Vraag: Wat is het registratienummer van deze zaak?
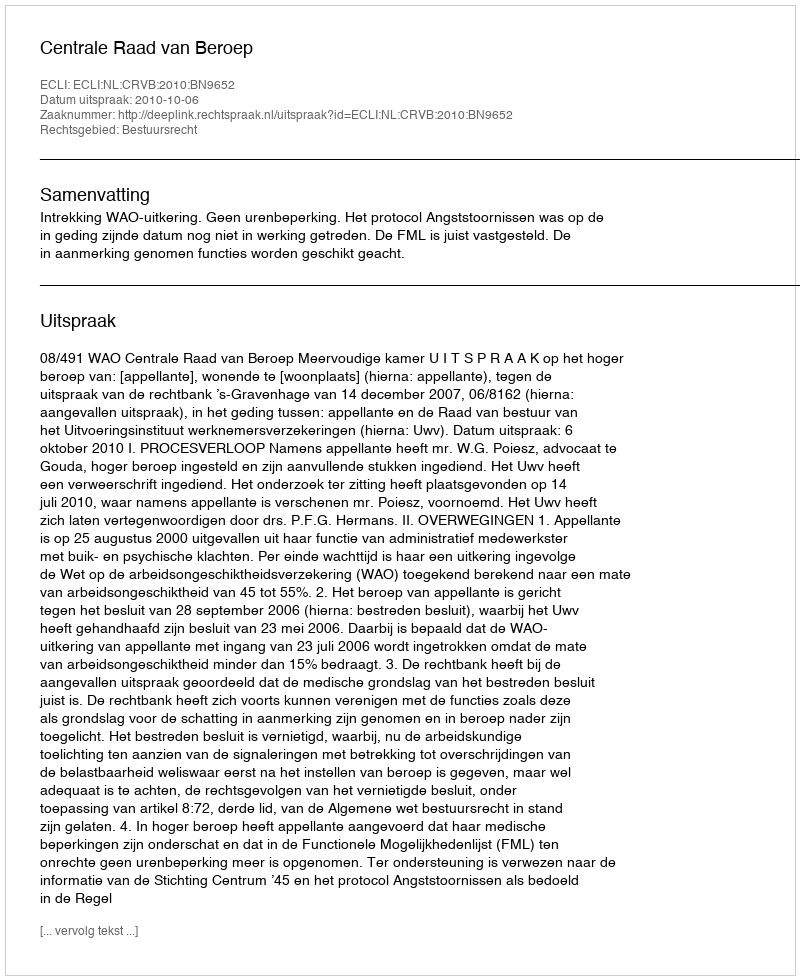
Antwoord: http://deeplink.rechtspraak.nl/uitspraak?id=ECLI:NL:CRVB:2010:BN9652